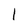
Character: 1